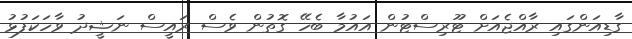
ގާޑިއަންގައި ރާއްޖެއަށް ޓޫރިސްޓުން އައުމާ ބެހޭ ގޮތުން ވެސް ރައީސް ނަޝީދު ވާހަކަފުޅު